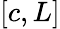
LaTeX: [c,L]